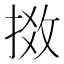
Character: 𢯧